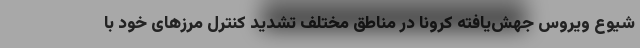
شیوع ویروس جهش‌یافته کرونا در مناطق مختلف تشدید کنترل مرزهای خود با